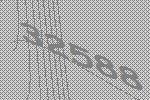
32588